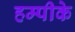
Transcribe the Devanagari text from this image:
हम्पीके